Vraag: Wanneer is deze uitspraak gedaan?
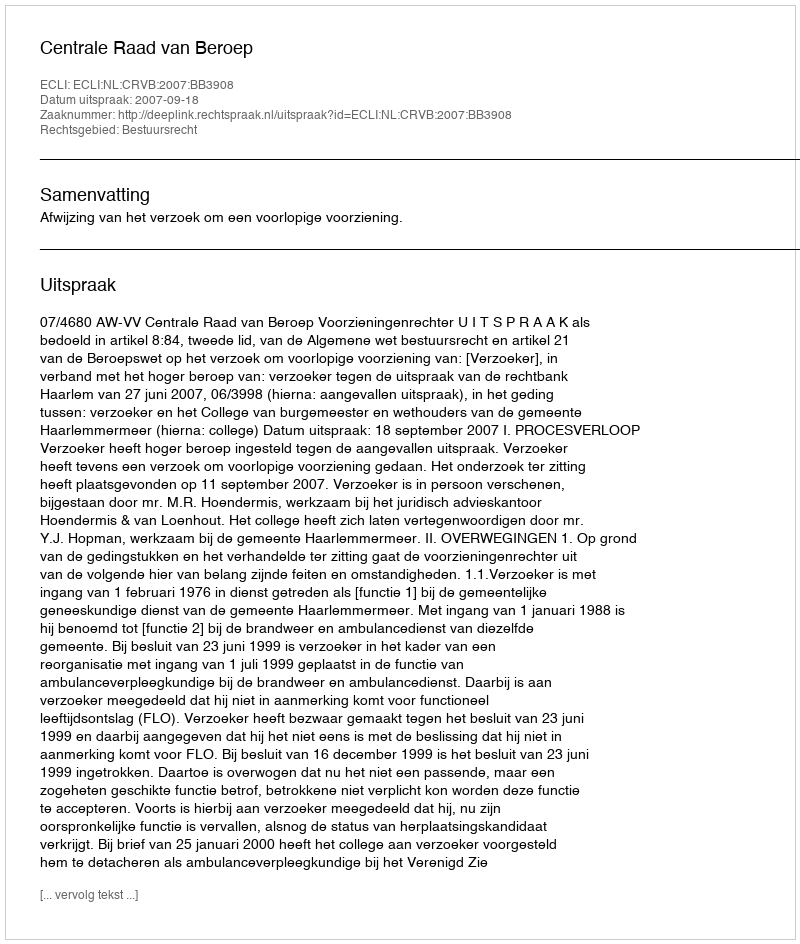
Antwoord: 2007-09-18